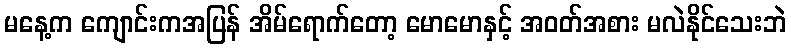
မနေ့က ကျောင်းကအပြန် အိမ်ရောက်တော့ မောမောနှင့် အဝတ်အစား မလဲနိုင်သေးဘဲ